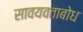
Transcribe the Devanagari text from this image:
सावयवताबोध